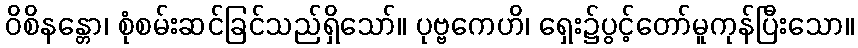
ဝိစိနန္တော၊ စုံစမ်းဆင်ခြင်သည်ရှိသော်။ ပုဗ္ဗကေဟိ၊ ရှေး၌ပွင့်တော်မူကုန်ပြီးသော။